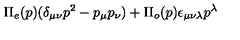
\Pi _ { e } ( p ) ( \delta _ { \mu \nu } p ^ { 2 } - p _ { \mu } p _ { \nu } ) + \Pi _ { o } ( p ) \epsilon _ { \mu \nu \lambda } p ^ { \lambda }